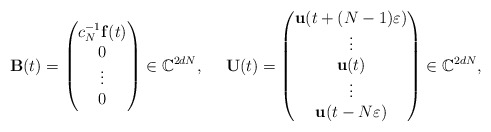
\begin{align*}\mathbf{B}(t)=\begin{pmatrix}c_N^{-1}\mathbf{f}(t)\\0\\\vdots\\0\end{pmatrix}\in\mathbb{C}^{2dN},~~~~\mathbf{U}(t)=\begin{pmatrix}\mathbf{u}(t+(N-1)\varepsilon)\\\vdots\\\mathbf{u}(t)\\\vdots\\\mathbf{u}(t-N\varepsilon)\end{pmatrix}\in\mathbb{C}^{2dN},\end{align*}